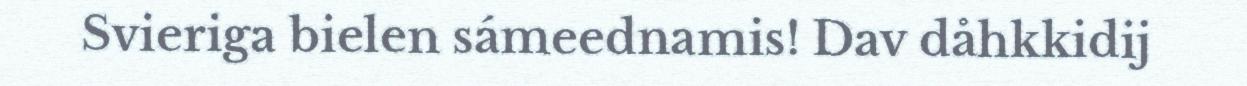
Svieriga bielen sámeednamis! Dav dåhkkidij